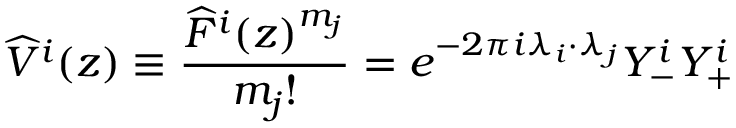
\widehat { V } ^ { i } ( z ) \equiv \frac { \widehat { F } ^ { i } ( z ) ^ { m _ { j } } } { m _ { j } ! } = e ^ { - 2 \pi i \lambda _ { i } \cdot \lambda _ { j } } Y _ { - } ^ { i } Y _ { + } ^ { i }